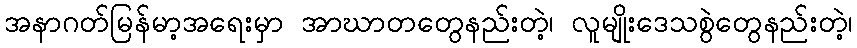
အနာဂတ်မြန်မာ့အရေးမှာ အာဃာတတွေနည်းတဲ့၊ လူမျိုးဒေသစွဲတွေနည်းတဲ့၊